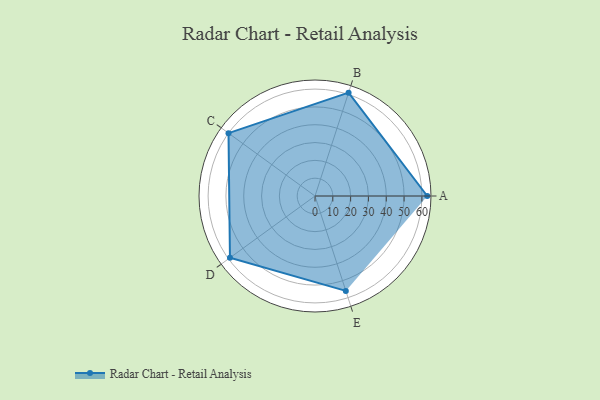
{"axis": {"x": "Skill", "y": "Score"}, "legend": ["Profile"], "data": [{"x": "A", "y": 63.0, "type": "Profile"}, {"x": "B", "y": 61.0, "type": "Profile"}, {"x": "C", "y": 60.0, "type": "Profile"}, {"x": "D", "y": 59.0, "type": "Profile"}, {"x": "E", "y": 56.0, "type": "Profile"}]}